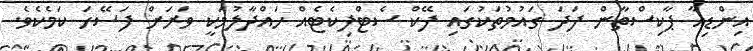
އިންޑިއާ ޕާކިސްތާން ފަދަ ގައުމުތަކުގައި ފޭކް ސެޓްފިކެޓެއް ހައްދާލުމަކީ ވަރަށް ފަސޭހަ ކަމެކެވެ.